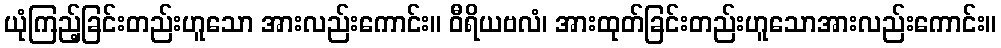
ယုံကြည့်ခြင်းတည်းဟူသော အားလည်းကောင်း။ ဝီရိယဗလံ၊ အားထုတ်ခြင်းတည်းဟူသောအားလည်းကောင်း။